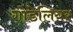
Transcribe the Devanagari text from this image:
गोडेलियर